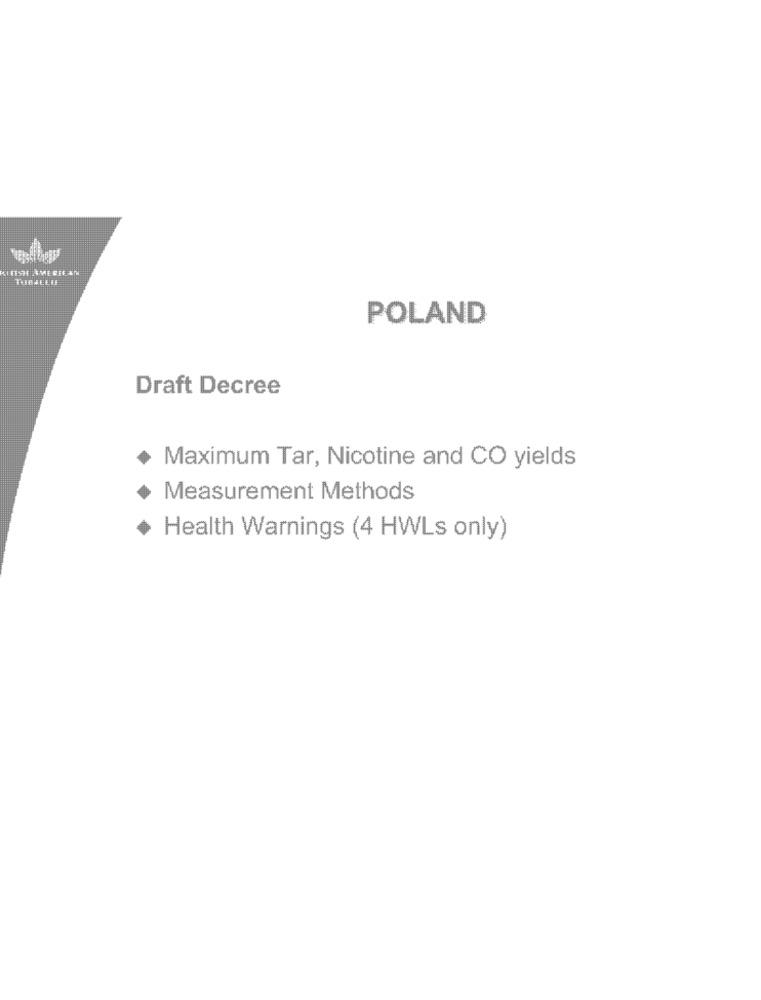
POLAND
Draft Decree
Maximum Tar, Nicotine and CO yields
Measurement Methods
Health Warnings (4 HWLs only)